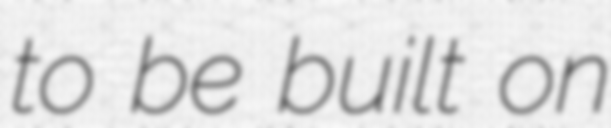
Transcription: to be built on